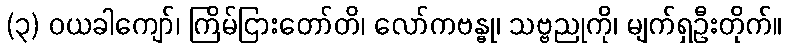
(၃) ဝယခါကျော်၊ ကြိမ်ငြားတော်တိ၊ လော်ကဗန္ဓု၊ သဗ္ဗညုကို၊ မျက်ရှဦးတိုက်။